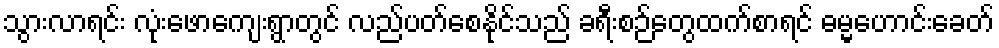
သွားလာရင်း လုံးဖောကျေးရွာတွင် လည်ပတ်စေနိုင်သည် ခရီးစဉ်တွေထက်စာရင် ဓမ္မဟောင်းခေတ်